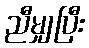
ညီမျှပြီး